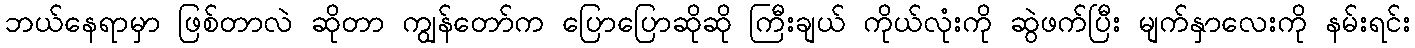
ဘယ်နေရာမှာ ဖြစ်တာလဲ ဆိုတာ ကျွန်တော်က ပြောပြောဆိုဆို ကြီးချယ် ကိုယ်လုံးကို ဆွဲဖက်ပြီး မျက်နှာလေးကို နမ်းရင်း